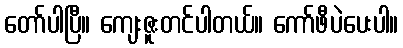
တော်ပါပြီ။ ကျေးဇူးတင်ပါတယ်။ ကော်ဖီပဲပေးပါ။